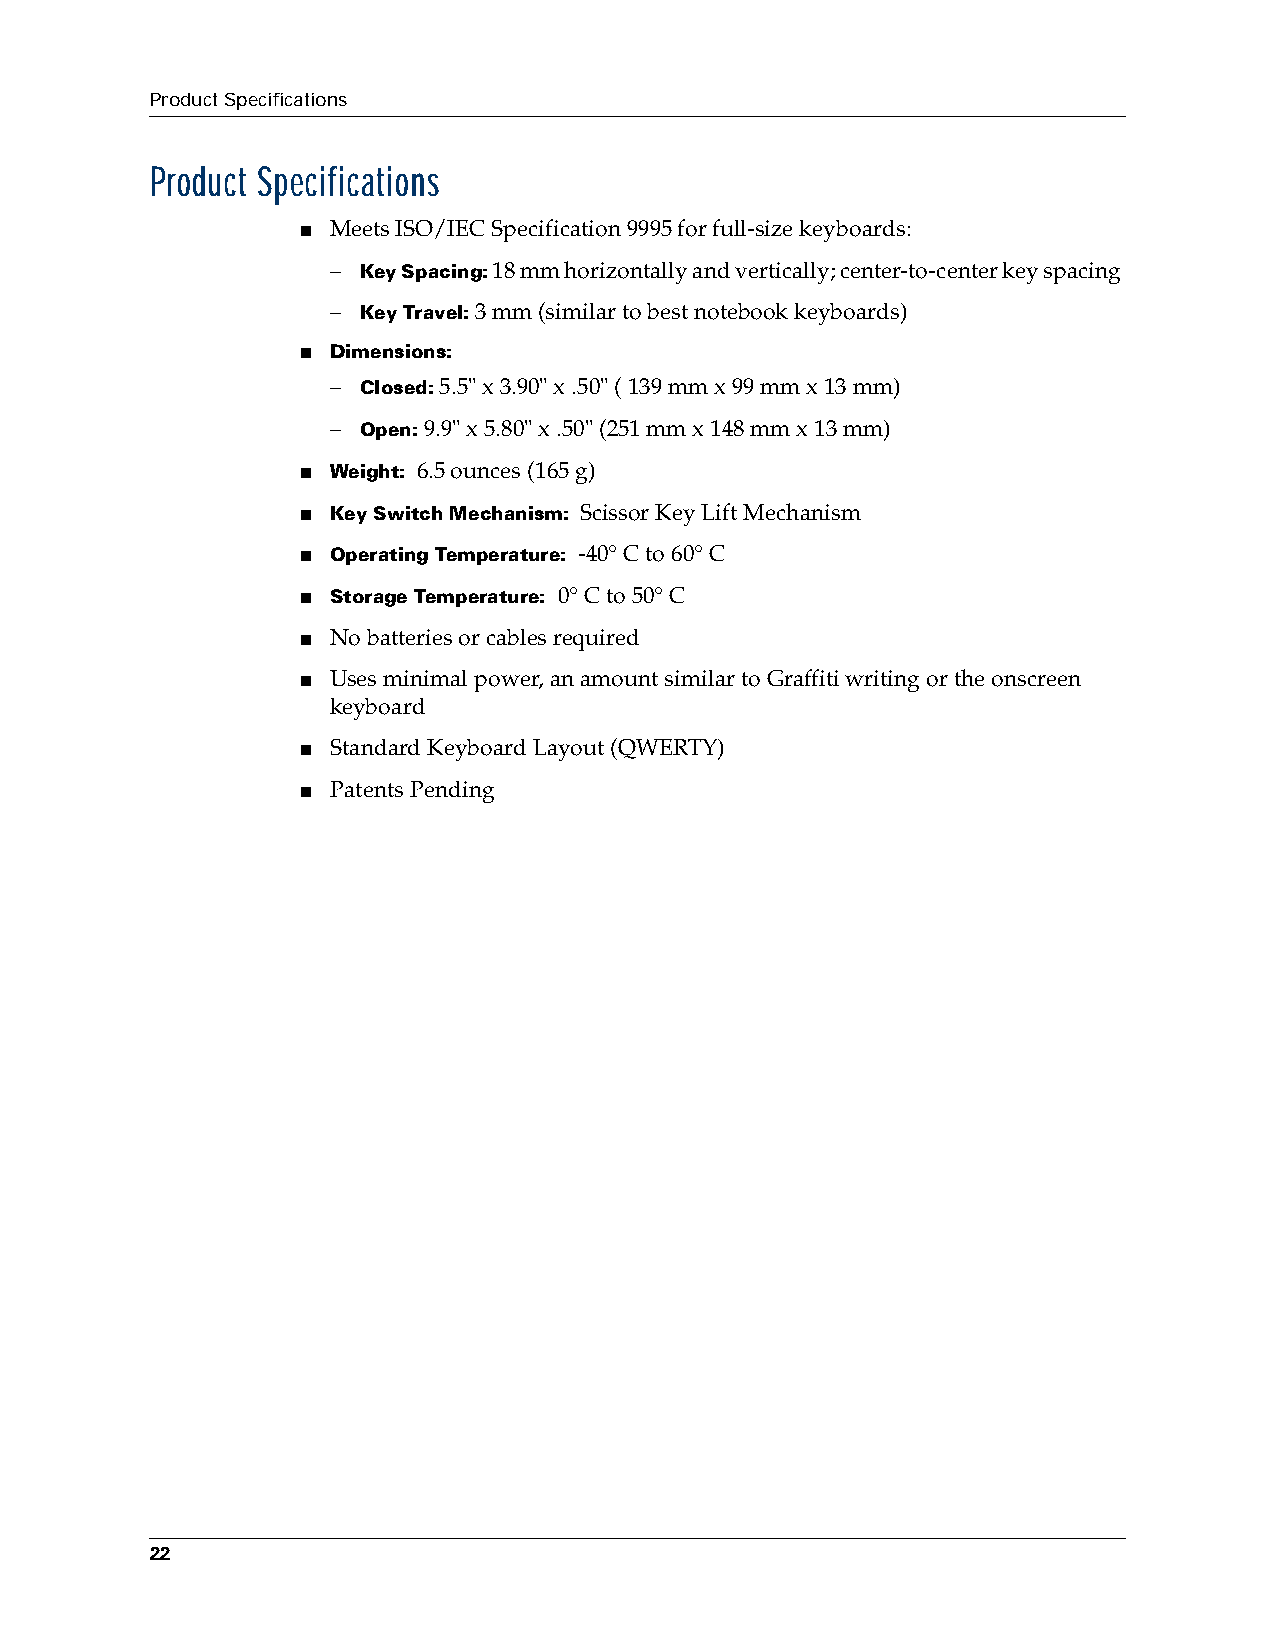
Product Specifications
 Product Specifications
 ■ Meets ISO/IEC Specification 9995 for full-size keyboards:
 – Key Spacing: 18 mm horizontally and vertically; center-to-center key spacing
 – Key Travel: 3 mm (similar to best notebook keyboards)
 ■ Dimensions:
 – Closed: 5.5" x 3.90" x .50" ( 139 mm x 99 mm x 13 mm)
 – Open: 9.9" x 5.80" x .50" (251 mm x 148 mm x 13 mm)
 ■ Weight: 6.5 ounces (165 g)
 ■ Key Switch Mechanism: Scissor Key Lift Mechanism
 ■ Operating Temperature: -40° C to 60° C
 ■ Storage Temperature: 0° C to 50° C
 ■ No batteries or cables required
 ■ Uses minimal power, an amount similar to Graffiti writing or the onscreen
 keyboard
 ■ Standard Keyboard Layout (QWERTY)
 ■ Patents Pending
 22